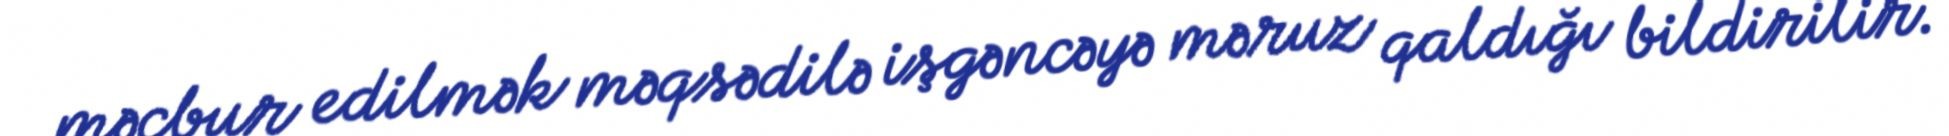
məcbur edilmək məqsədilə işgəncəyə məruz qaldığı bildirilir.